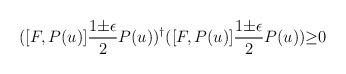
LaTeX: \begin{align*}([F,P(u)]\frac{1{\pm}{\epsilon}}{2}P(u))^{\dagger}( [F,P(u)]\frac{1{\pm}{\epsilon}}{2}P(u)){\geq}0\end{align*}